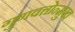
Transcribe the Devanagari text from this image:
गुणवत्तोन्मुख